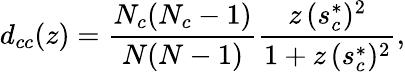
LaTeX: d_{cc}(z)=\frac{N_{c}(N_{c}-1)}{N(N-1)}\frac{z\, (s_{c}^{*})^{2}}{1+z\, (s_{c}^{*})^{2}},